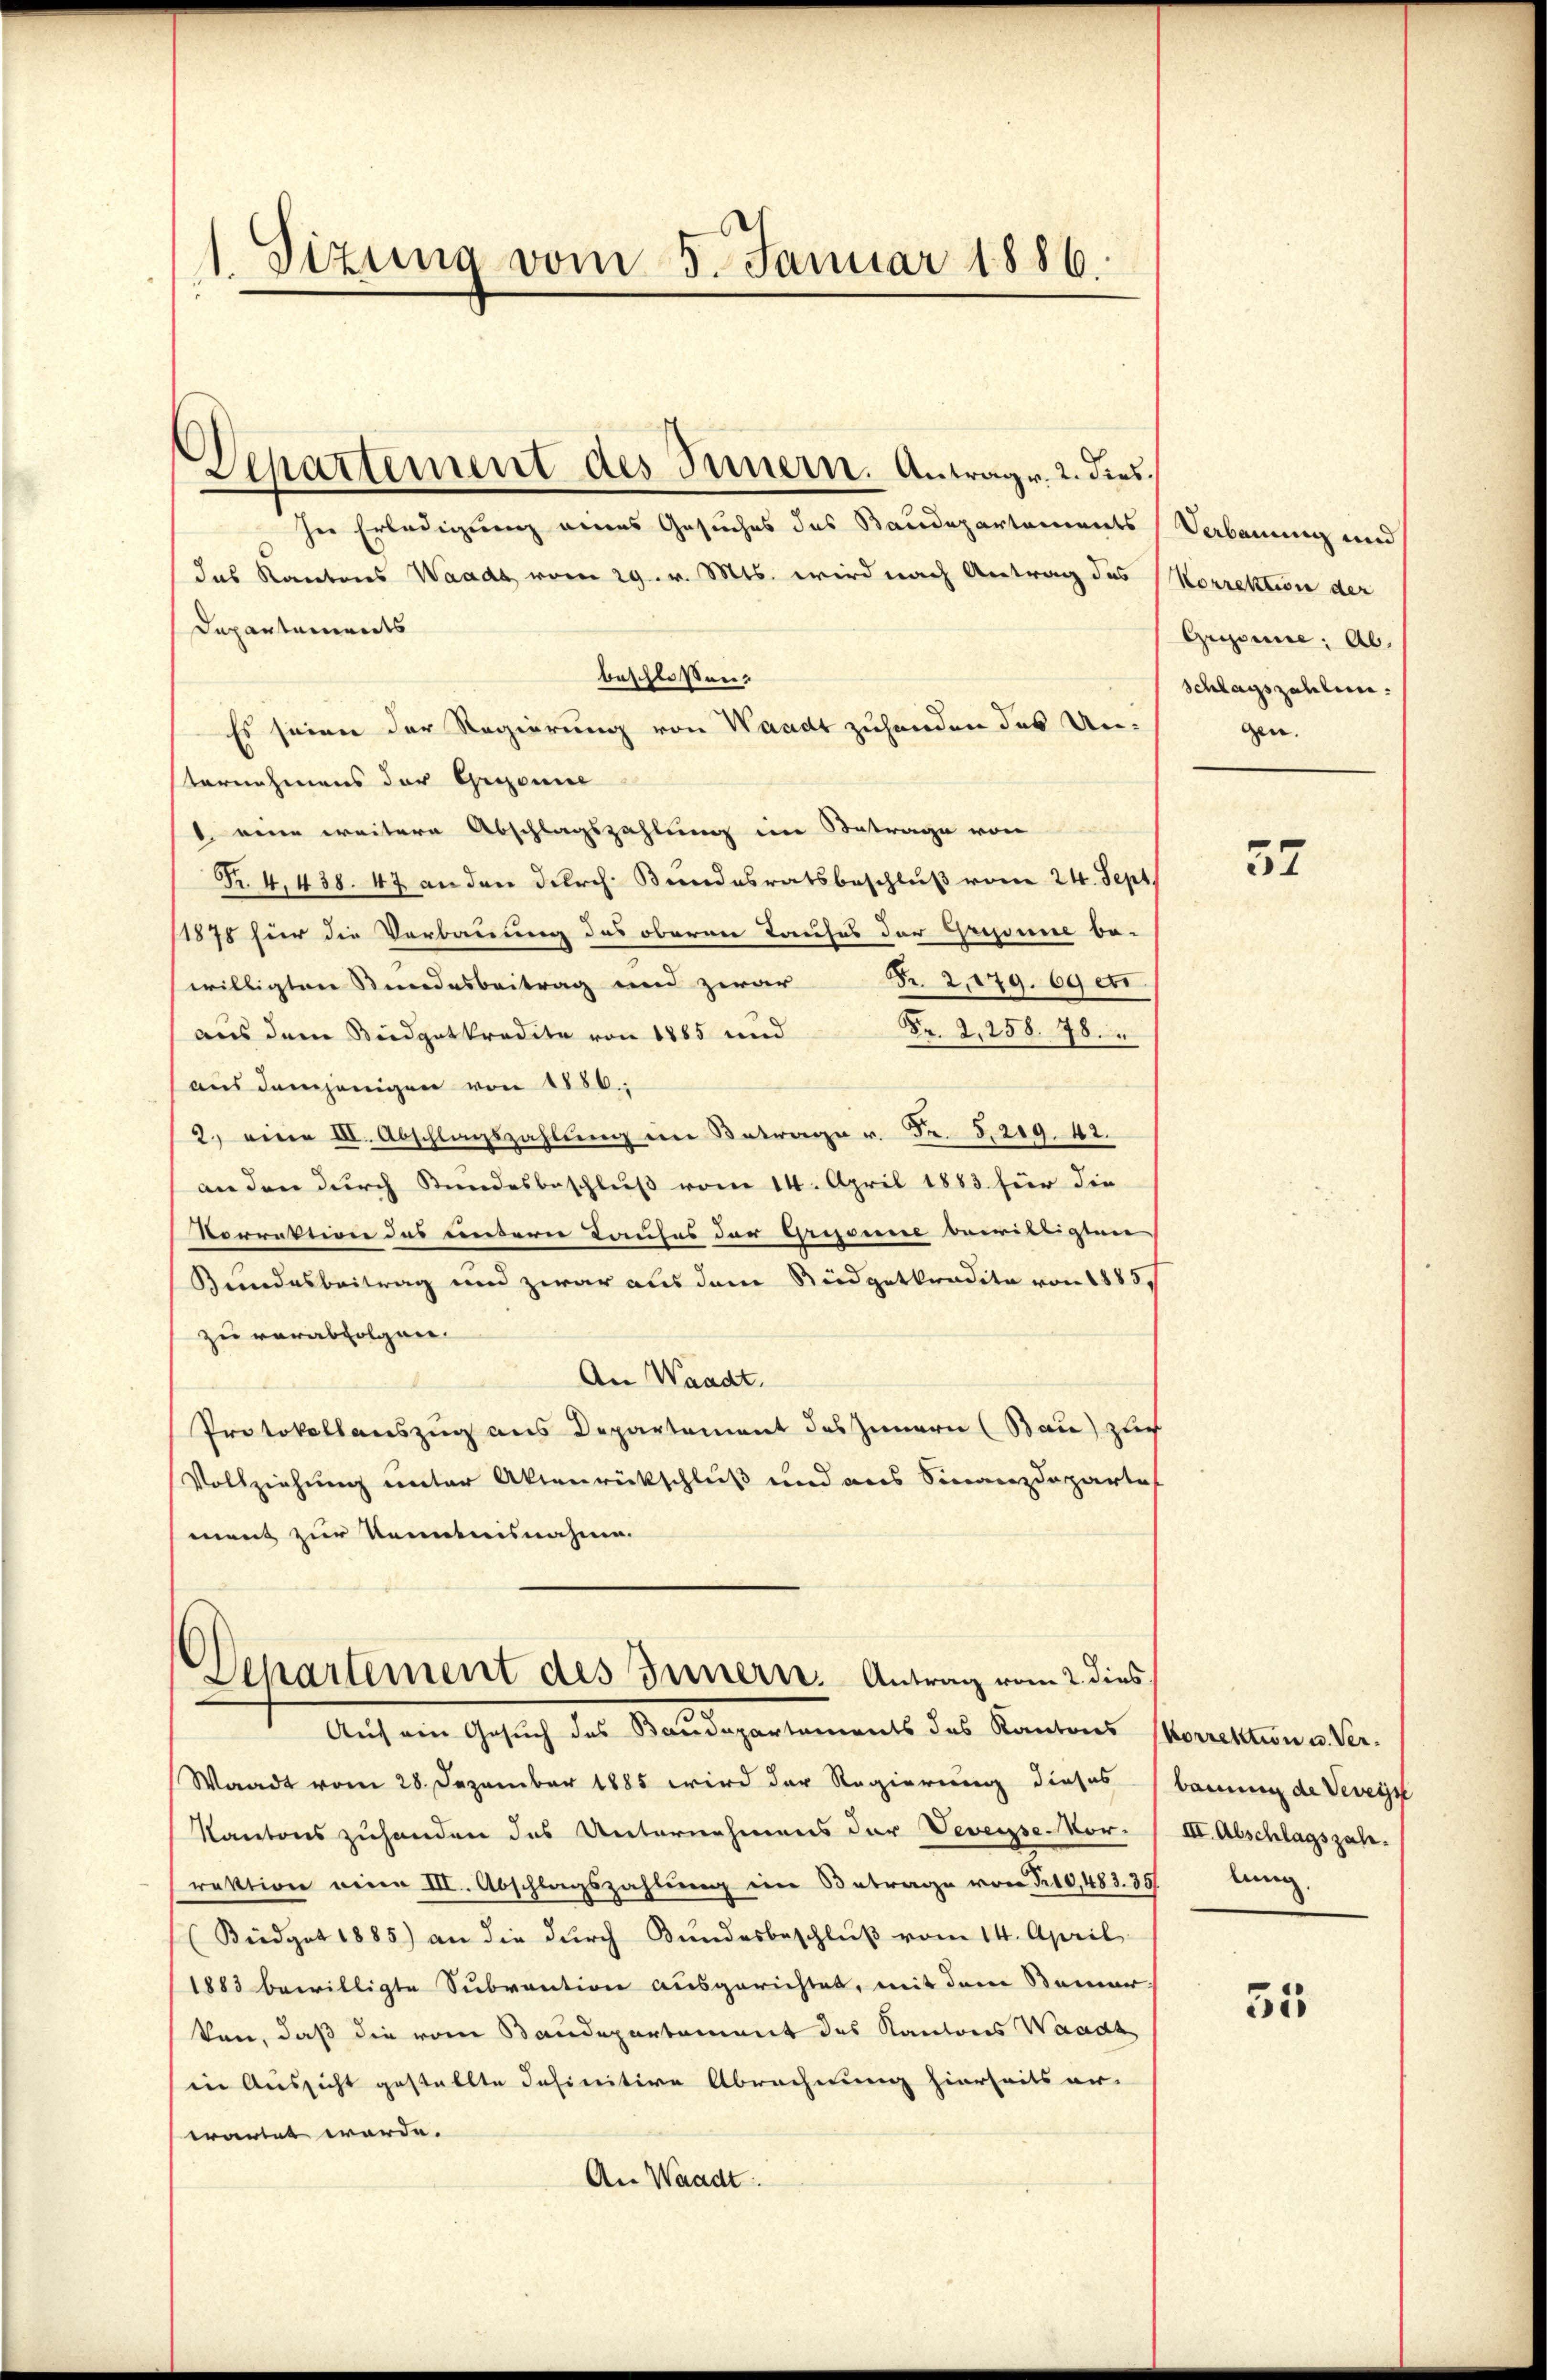
1 Sizung vom 5. Januar 1886.

Waadt vom 28. Dezember 1885 wird der Regierung dieses barung der Veveys
Kantons zuhanden des Unternehmens der Vevesse Mor. III. Abschlagszah
rektion einen III. Abschlagszahlŭng im Betrage von Fr. 10,483. 35
(Biedgat 1885) an die durch Bundesbeschluß vom 14. April
1883 bewilligte Subvention ausgerichtet, mit dem Sammer
ken, daß die vom Baudepartament des Kantons Waadt
in Aussicht gestellte definitive Abrechnung hierseits er-
wartet werde.
An Waadt.

hne Erledigung eines Gesuches des Baudepartements Verbauung und
das Kantons Waadt vom 29. v. Mts. wird nach Antrag des Korrektion der
Departements
beschlossen.
Es seien der Regierung von Waadt zuhanden des Unsternehmens der Gewonne
 eine weitere Abschlagszahlung im Betrage von
R. 4, 438. 47 an den durch. Bundesratsbeschluß vom 24. Sept.
(1878 für die Verbauung des oberner Taufes der Gresume be-
willigten Stundesbeitrag und zwar Nr. 2,179. 69 ett
Fr. 2, 258. 78.
aus dem Beidgetkredite von 1885 und
aus demjenigen von 1880.
2. eine II. Abschlagszahlung im Betrage u. Fr. 5219. 42.
an den durch Stundesbeschluß vom 14. April 1883 für die
Vorrektion des untern Taufes der Grisse bewilligten
Bundesbeitrag und zwar aus dem Südgetkradita von 1885/
zu verabfolgen.
An Waadt.
Protokollauszug aus Departement des Innern (Bau) zlich
Vollziehung unter Aktenrückschluß und aus Finanzdeparte
ment zur Kenntnisnahme.
Departement des Innern. Antrag vom 2. dies

Separtement des Innern. Antrag. 2. dies¬

3
Auf ein Gesuch des Baudepartements des Kantons Morrektion u. Ver-

Gessine: Ab.
Schlagszahlen.
gen. |

37

lung.

31